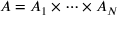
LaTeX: A = A _ { 1 } \times \cdots \times A _ { N }